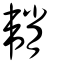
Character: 韒